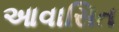
આવાસિત